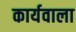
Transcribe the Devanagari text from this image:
कार्यवाला